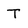
Character: t